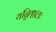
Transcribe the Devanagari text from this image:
यन्निश्चलः